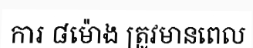
ការ ៨ម៉ោង ត្រូវមានពេល